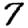
Digit: 7